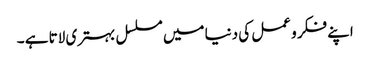
اپنے فکر و عمل کی دنیا میں مسلسل بہتری لاتا ہے ۔